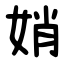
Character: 娋